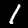
Label: 1